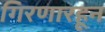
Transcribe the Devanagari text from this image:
गिरणारहून